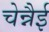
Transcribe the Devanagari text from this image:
चेन्नैई